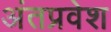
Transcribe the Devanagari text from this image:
अंतप्रवेश